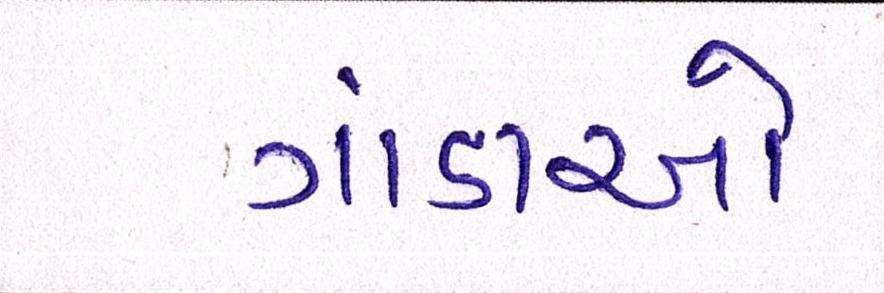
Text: ગાંડાઓ